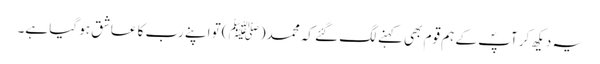
یہ دیکھ کر آپؐ کے ہم قوم بھی کہنے لگ گئے کہ محمد(ﷺ )تو اپنے رب کا عاشق ہو گیا ہے۔